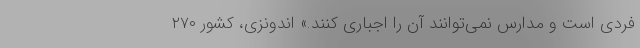
فردی است و مدارس نمی‌توانند آن را اجباری کنند.» اندونزی، کشور ۲۷۰